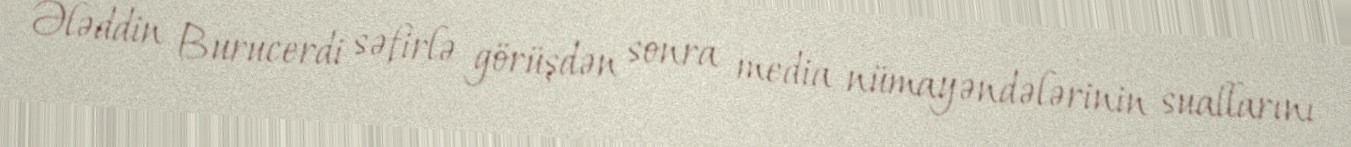
Ələddin Burucerdi səfirlə görüşdən sonra media nümayəndələrinin suallarını